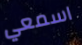
اسمعي